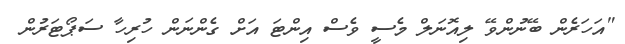
"އަހަރެން ބޭނުންވޭ ލިއޮނަލް މެސީ ވެސް އިންޓަ އަށް ގެންނަން ހުރިހާ ސަޕޯޓަރުން